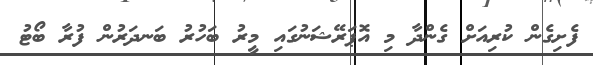
ފެށިގެން ކުރިއަށް ގެންދާ މި އޮޕަރޭޝަނުގައި މީރު ބަހުރު ބަނދަރުން ފުރާ ބޯޓު